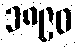
၁၈၉၀